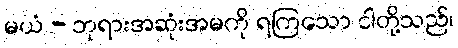
မယံ - ဘုရားအဆုံးအမကို ရကြသော ငါတို့သည်၊